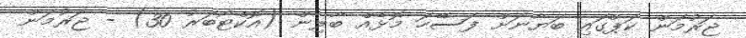
ޖަރުމަން ކަޕްގައި ބަޔާނަށް ފަސޭހަ މޮޅެއް ބާލިން (އޮކްޓޯބަރު 30) - ޖަރުމަން